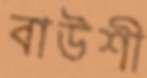
বাউশী